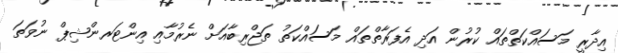
އިދާރީ މަސައްކަތްތައް ކުރުން އަދި އެފަރާތްތައް މަސައްކަތު ތަޖްރިބާއަށް ނެރުމާއި އިންޓަރންޝިޕް ނުވަތަ